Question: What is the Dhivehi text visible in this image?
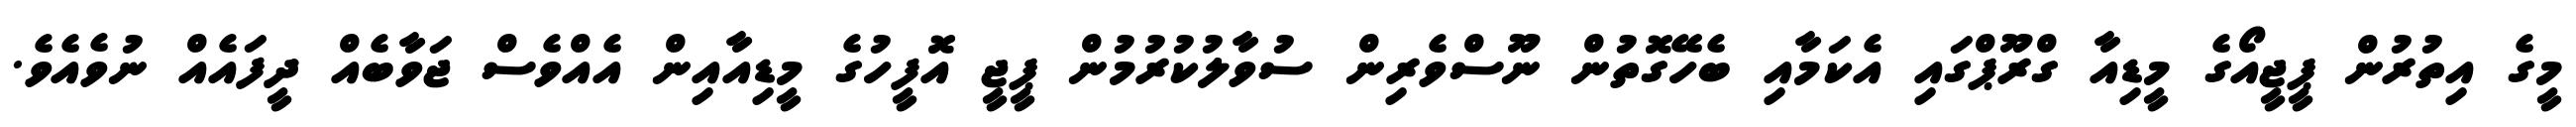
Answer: މީގެ އިތުރުން ޕީޖީއޯގެ މީޑިއާ ގްރޫޕްގައި އެކަމާއި ބެހޭގޮތުން ނޫސްވެރިން ސުވާލުކުރުމުން ޕީޖީ އޮފީހުގެ މީޑިއާއިން އެއްވެސް ޖަވާބެއް ދީފައެއް ނުވެއެވެ.